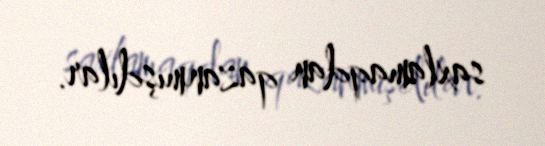
saxlamaqdan qazanmışdılar.